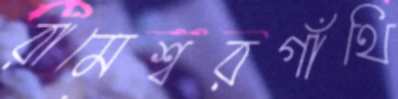
রামেশ্বরগাঁথি